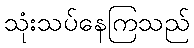
သုံးသပ်နေကြသည်